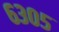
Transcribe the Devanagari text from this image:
६३०५